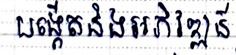
បង្កើតនិងអភិវឌ្ឍន៍